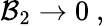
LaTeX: {\cal B}_{2}\rightarrow 0\ ,